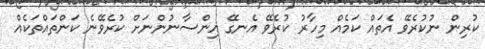
ކުރިން ނުކުރެވޭ އެތައް ކަމެއް މިހާރު ކުރެވޭ އެނގޭ އިންސާނުންނަށް ކުރެވޭނެ ކަންތައްތަކެއް